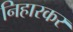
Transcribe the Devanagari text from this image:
निहारकर